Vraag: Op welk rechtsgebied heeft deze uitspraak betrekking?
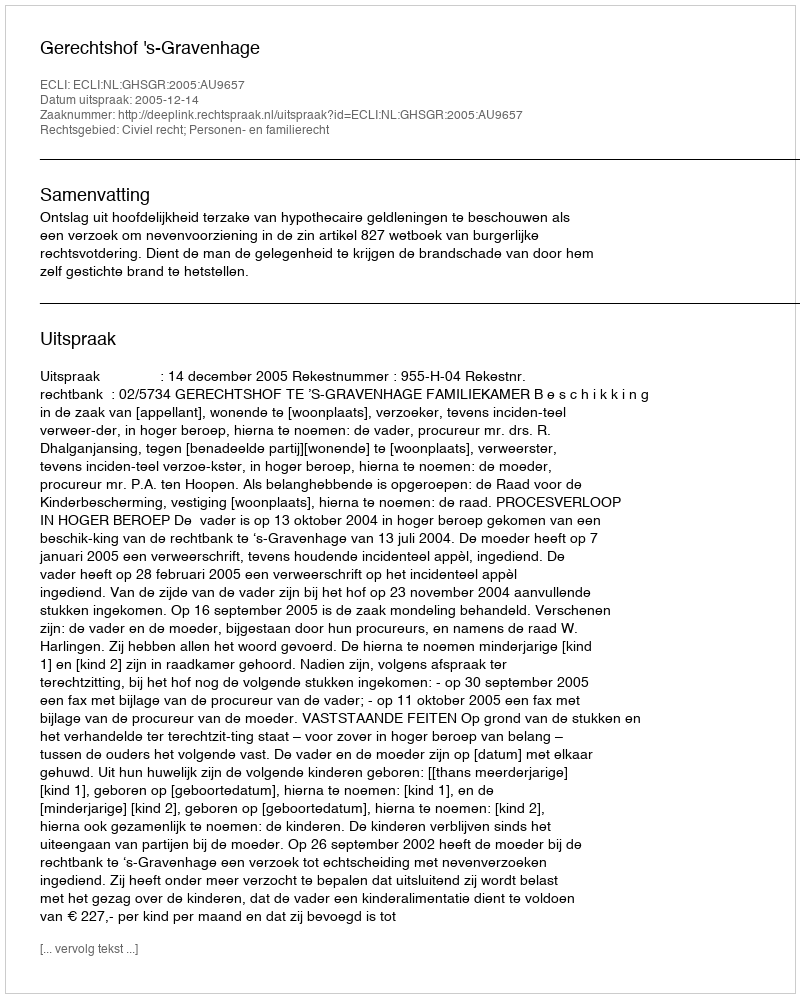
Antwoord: Civiel recht; Personen- en familierecht